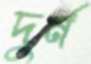
দুর্ন